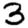
Digit: 3